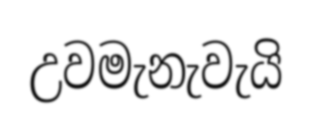
උවමැනැවැයි